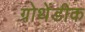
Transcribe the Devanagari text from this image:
ग्रोथेंडीक